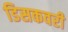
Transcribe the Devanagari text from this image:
डिसकवरी